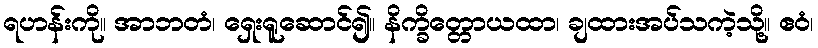
ရဟန်းကို။ အာဘတံ၊ ရှေးရူဆောင်၍။ နိက္ခိတ္တောယထာ၊ ချထားအပ်သကဲ့သို့။ ဧဝံ၊